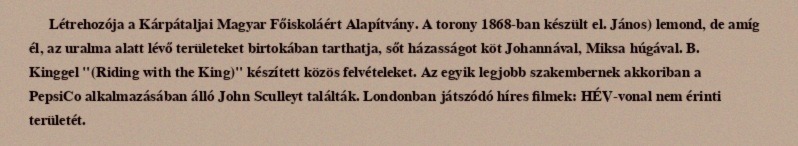
Létrehozója a Kárpátaljai Magyar Főiskoláért Alapítvány. A torony 1868-ban készült el. János) lemond, de amíg él, az uralma alatt lévő területeket birtokában tarthatja, sőt házasságot köt Johannával, Miksa húgával. B. Kinggel "(Riding with the King)" készített közös felvételeket. Az egyik legjobb szakembernek akkoriban a PepsiCo alkalmazásában álló John Sculleyt találták. Londonban játszódó híres filmek: HÉV-vonal nem érinti területét.